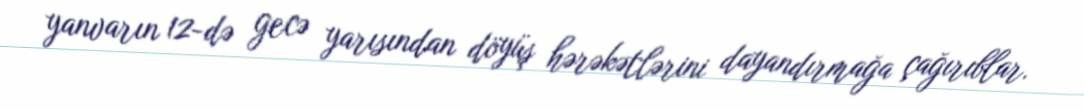
yanvarın 12-də gecə yarısından döyüş hərəkətlərini dayandırmağa çağırıblar.